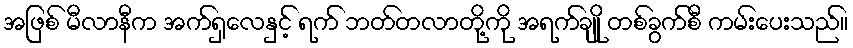
အဖြစ် မီလာနီက အက်ရှလေနှင့် ရက် ဘတ်တလာတို့ကို အရက်ချို တစ်ခွက်စီ ကမ်းပေးသည်။